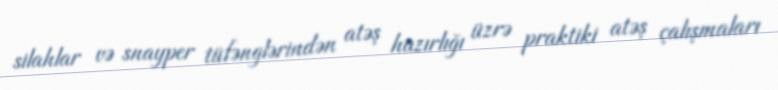
silahlar və snayper tüfənglərindən atəş hazırlığı üzrə praktiki atəş çalışmaları